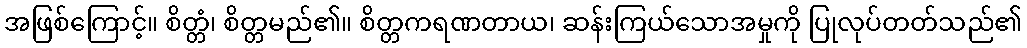
အဖြစ်ကြောင့်။ စိတ္တံ၊ စိတ္တမည်၏။ စိတ္တကရဏတာယ၊ ဆန်းကြယ်သောအမှုကို ပြုလုပ်တတ်သည်၏